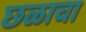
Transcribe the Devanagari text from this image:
छळाचा